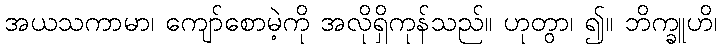
အယသကာမာ၊ ကျော်စောမဲ့ကို အလိုရှိကုန်သည်။ ဟုတွာ၊ ၍။ ဘိက္ခူဟိ၊